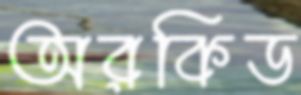
অরকিড